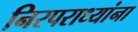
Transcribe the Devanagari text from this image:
निरपराध्यांना